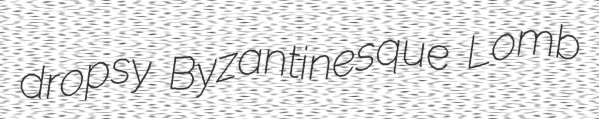
dropsy Byzantinesque Lomb